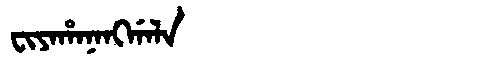
Manchu: ᠸᡳᠶᠠᡥᠠᠨᠠᠩᡤᠠᠯᠠ
Romanization: FIYAHANANGGALA